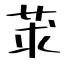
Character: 莍